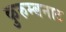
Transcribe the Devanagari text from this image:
कुरुम्बनाट